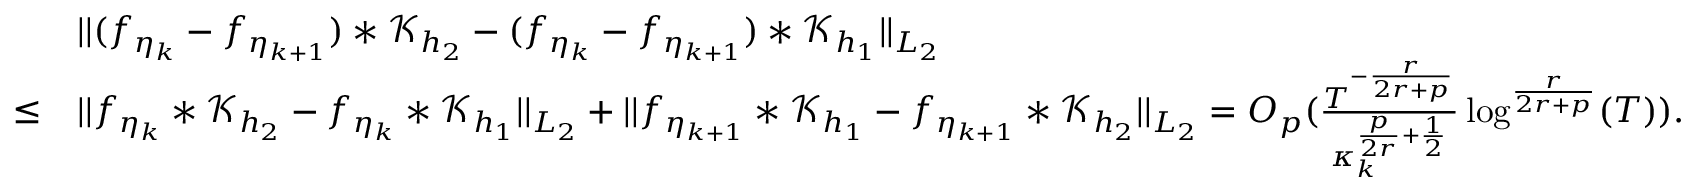
\begin{array} { r l } & { \vert \vert ( f _ { \eta _ { k } } - f _ { \eta _ { k + 1 } } ) * \mathcal { K } _ { h _ { 2 } } - ( f _ { \eta _ { k } } - f _ { \eta _ { k + 1 } } ) * \mathcal { K } _ { h _ { 1 } } \vert \vert _ { L _ { 2 } } } \\ { \le } & { \vert \vert f _ { \eta _ { k } } * \mathcal { K } _ { h _ { 2 } } - f _ { \eta _ { k } } * \mathcal { K } _ { h _ { 1 } } \vert \vert _ { L _ { 2 } } + \vert \vert f _ { \eta _ { k + 1 } } * \mathcal { K } _ { h _ { 1 } } - f _ { \eta _ { k + 1 } } * \mathcal { K } _ { h _ { 2 } } \vert \vert _ { L _ { 2 } } = O _ { p } ( \frac { T ^ { - \frac { r } { 2 r + p } } } { \kappa _ { k } ^ { \frac { p } { 2 r } + \frac { 1 } { 2 } } } \log ^ { \frac { r } { 2 r + p } } ( T ) ) . } \end{array}